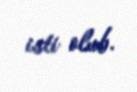
isti olub.